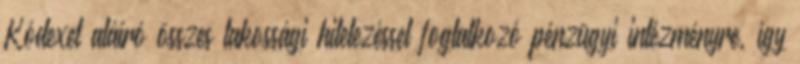
Kódexet aláíró összes lakossági hitelezéssel foglalkozó pénzügyi intézményre, így